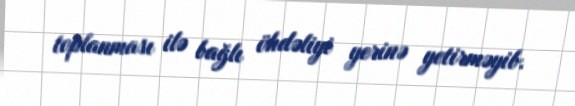
toplanması ilə bağlı öhdəliyi yerinə yetirməyib.